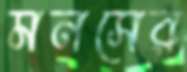
মনসের